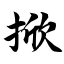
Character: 掀